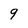
Character: 9